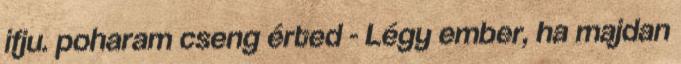
ifju. poharam cseng érted - Légy ember, ha majdan